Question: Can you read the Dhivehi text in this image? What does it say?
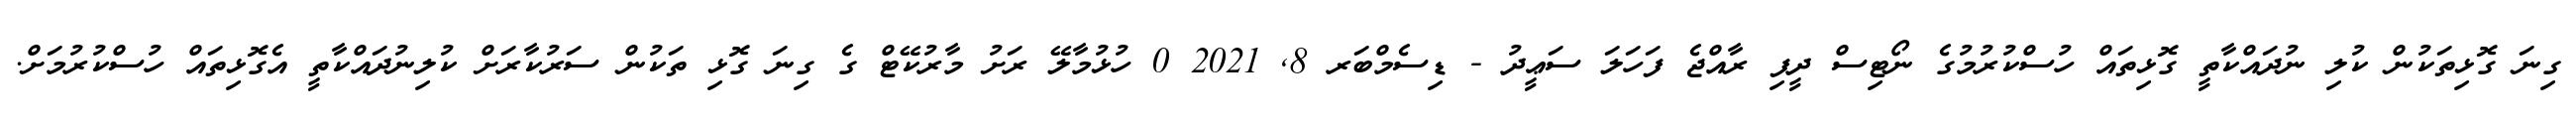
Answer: ގިނަ ގޮޅިތަކުން ކުލި ނުދައްކާތީ ގޮޅިތައް ހުސްކުރުމުގެ ނޯޓިސް ދީފި ރާއްޖެ ފަހަލަ ސަޢީދު - ޑިސެމްބަރ 8, 2021 0 ހުޅުމާލޭ ރަށު މާރުކޭޓް ގެ ގިނަ ގޮޅި ތަކުން ސަރުކާރަށް ކުލިނުދައްކާތީ އެގޮޅިތައް ހުސްކުރުމަށް.